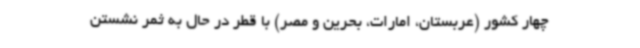
چهار کشور (عربستان، امارات، بحرین و مصر) با قطر در حال به ثمر نشستن